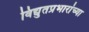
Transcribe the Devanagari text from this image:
विद्युतप्रभारांच्या